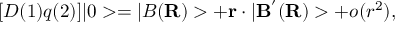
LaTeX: [ D ( 1 ) q ( 2 ) ] | 0 > = | B ( { \bf R } ) > + { \bf r } \cdot | { \bf B } ^ { ' } ( { \bf R } ) > + o ( r ^ { 2 } ) ,